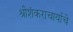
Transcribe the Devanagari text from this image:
श्रीशंकराचार्याचे